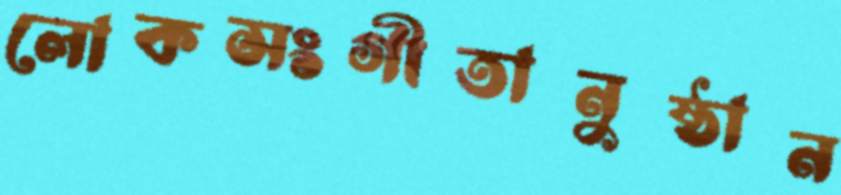
লোকসংগীতানুষ্ঠান